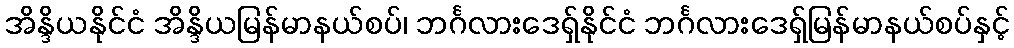
အိန္ဒိယနိုင်ငံ အိန္ဒိယမြန်မာနယ်စပ်၊ ဘင်္ဂလားဒေရှ်နိုင်ငံ ဘင်္ဂလားဒေရှ်မြန်မာနယ်စပ်နှင့်